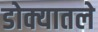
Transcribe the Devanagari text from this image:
डोक्यातले